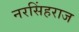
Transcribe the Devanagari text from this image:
नरसिंहराज